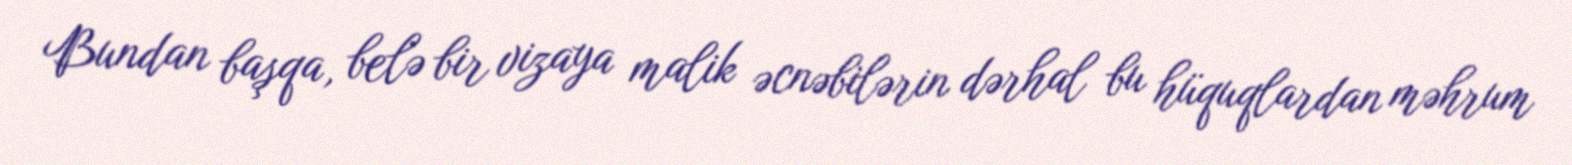
Bundan başqa, belə bir vizaya malik əcnəbilərin dərhal bu hüquqlardan məhrum